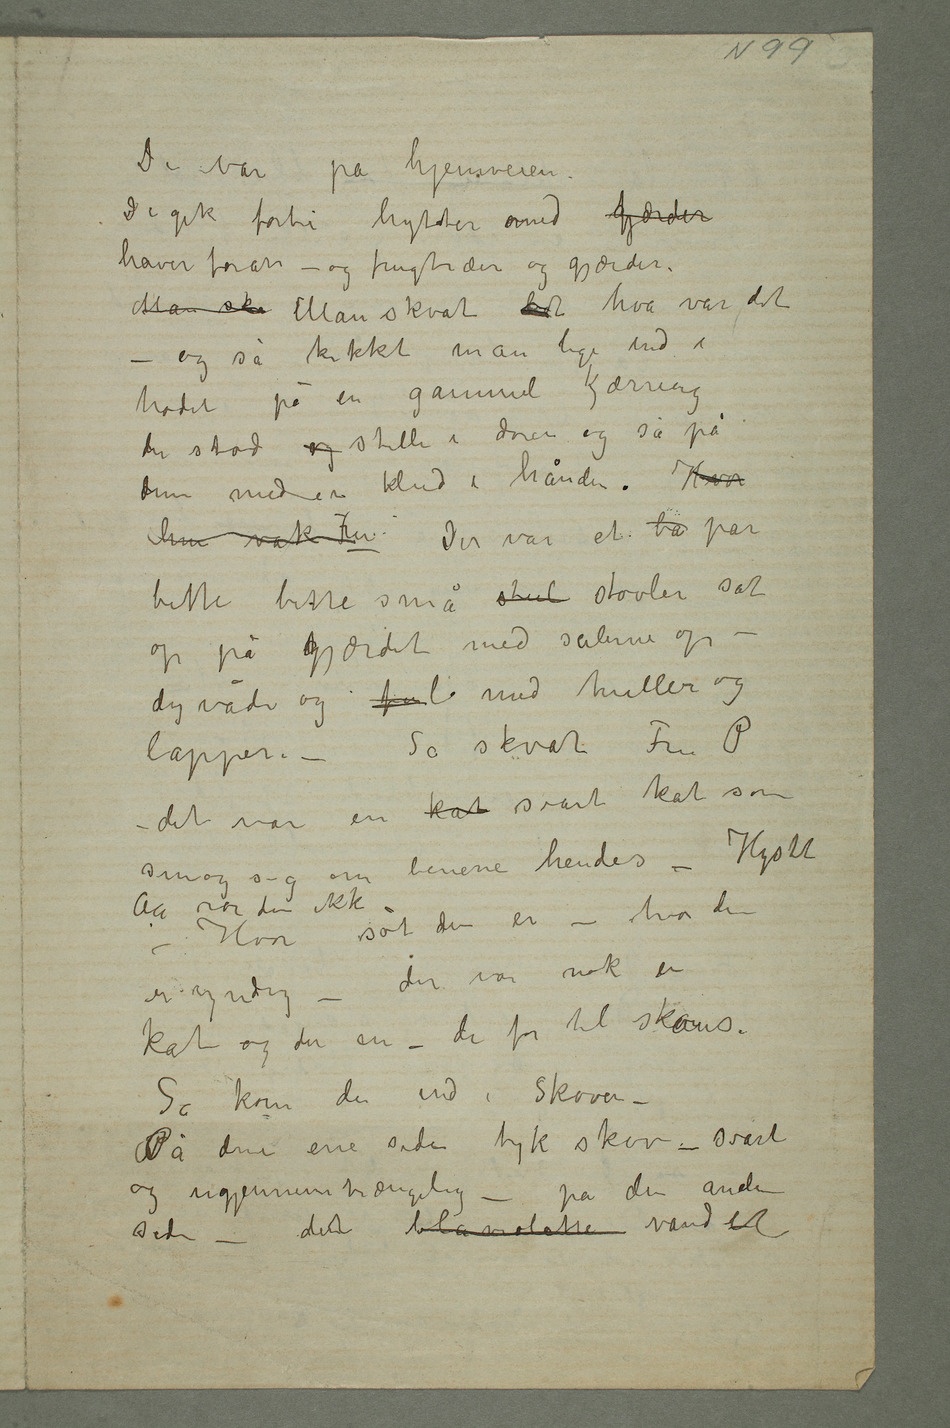
De var på hjemveien
De gik forbi hytter med fgjerder
haver foran – og frugtræer og gjærder.
Man ska Man skvat lidt hva var det –
og så kikket man lige ind i
hodet på en gammel kjærring
der stod og stille i døren og så på
dem med en klud i hånden. Hvor
hun vak Fru Der var et ba par
bitte bitte små stul støvler sat
op på hgjærdet med sålerne op –
dyvåde og ful med huller og
Så skvat Fru P –
det var en kat svart kat som smøg
benene hendes – Higstet
– Hvor søt den er – hvor den
er yndig – der var nok en
kat og der en – de for til skovs.
Så kom de ind i skoven.
På den ene side tyk skov – svart
og ugjennemtrængelig – på den anden
side – dent blåviolette vandet